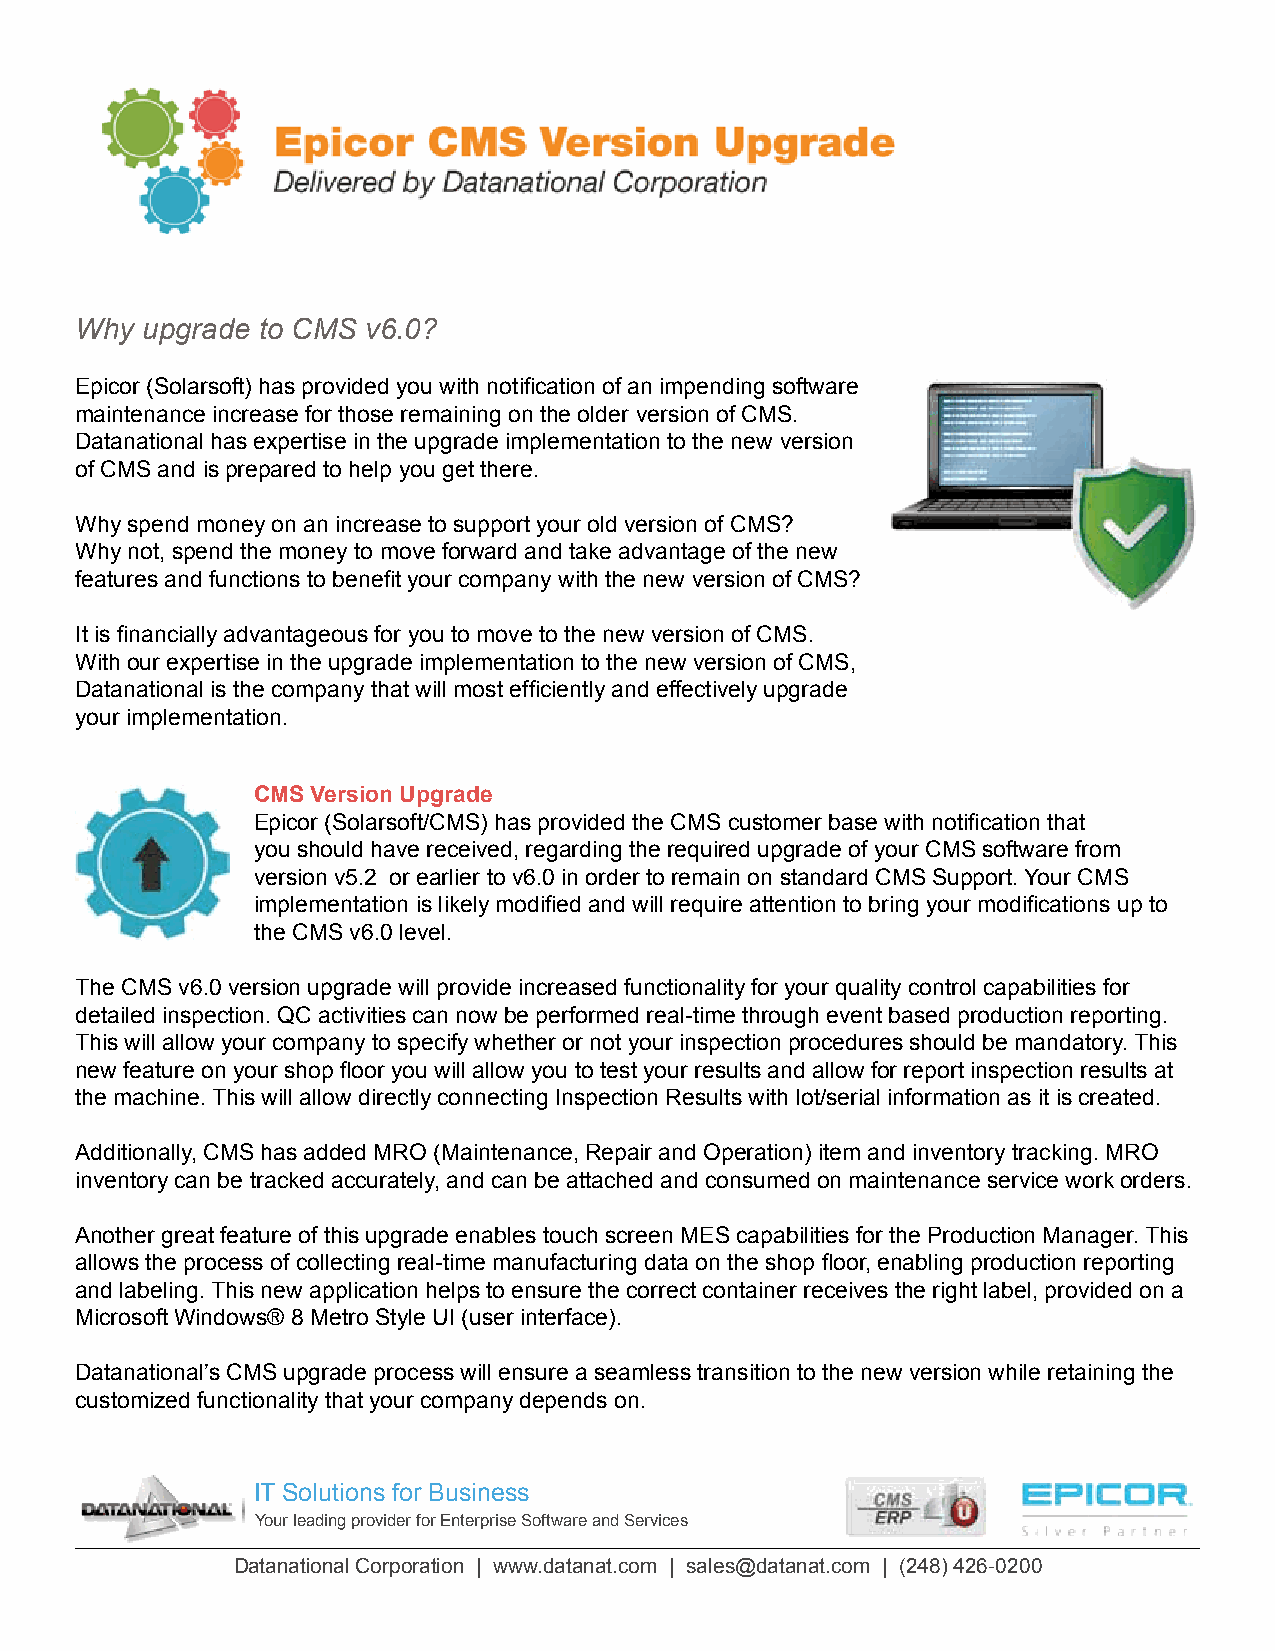
Why upgrade to CMS v6.0?
 Epicor (Solarsoft) has provided you with notification of an impending software
 maintenance increase for those remaining on the older version of CMS.
 Datanational has expertise in the upgrade implementation to the new version
 of CMS and is prepared to help you get there.
 Why spend money on an increase to support your old version of CMS?
 Why not, spend the money to move forward and take advantage of the new
 features and functions to benefit your company with the new version of CMS?
 It is financially advantageous for you to move to the new version of CMS.
 With our expertise in the upgrade implementation to the new version of CMS,
 Datanational is the company that will most efficiently and effectively upgrade
 your implementation.
 CMS Version Upgrade
 Epicor (Solarsoft/CMS) has provided the CMS customer base with notification that
 you should have received, regarding the required upgrade of your CMS software from
 version v5.2 or earlier to v6.0 in order to remain on standard CMS Support. Your CMS
 implementation is likely modified and will require attention to bring your modifications up to
 the CMS v6.0 level.
 The CMS v6.0 version upgrade will provide increased functionality for your quality control capabilities for
 detailed inspection. QC activities can now be performed real-time through event based production reporting.
 This will allow your company to specify whether or not your inspection procedures should be mandatory. This
 new feature on your shop floor you will allow you to test your results and allow for report inspection results at
 the machine. This will allow directly connecting Inspection Results with lot/serial information as it is created.
 Additionally, CMS has added MRO (Maintenance, Repair and Operation) item and inventory tracking. MRO
 inventory can be tracked accurately, and can be attached and consumed on maintenance service work orders.
 Another great feature of this upgrade enables touch screen MES capabilities for the Production Manager. This
 allows the process of collecting real-time manufacturing data on the shop floor, enabling production reporting
 and labeling. This new application helps to ensure the correct container receives the right label, provided on a
 Microsoft Windows® 8 Metro Style UI (user interface).
 Datanational’s CMS upgrade process will ensure a seamless transition to the new version while retaining the
 customized functionality that your company depends on.
 IT Solutions for Business
 Your leading provider for Enterprise Software and Services
 Datanational Corporation | www.datanat.com | sales@datanat.com | (248) 426-0200